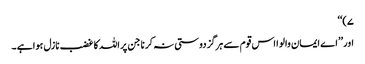
۷)‘‘
اور ’’اے ایمان والو ا اس قوم سے ہرگز دوستی نہ کرنا جن پر اللہ کا غضب نازل ہوا ہے ۔